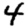
Digit: 4